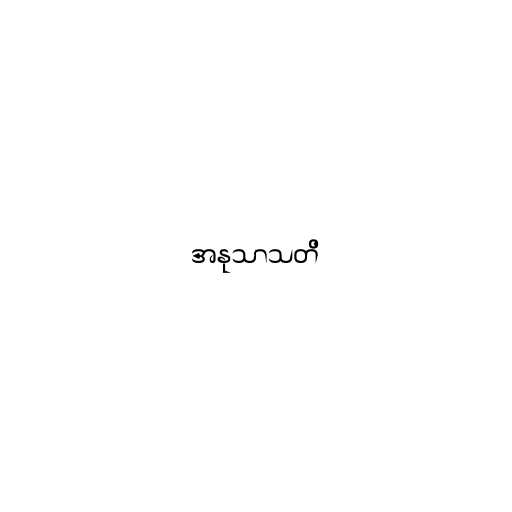
အနုသာသတိ